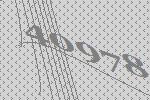
40978